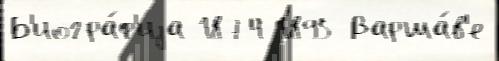
Б'иогра́ф'иjа 1874 1895 Варша́в'е